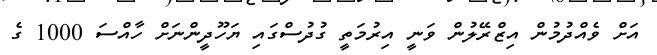
އަށް ވެއްދުމުން އިޒްރޭލުން ވަނީ އިރުމަތީ ގުދުސްގައި ޔަހޫދީންނަށް ހާއްސަ 1000 ގެ